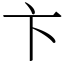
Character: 卞